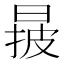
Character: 𣈓